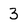
Character: 3